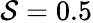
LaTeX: \mathcal{S}=0.5